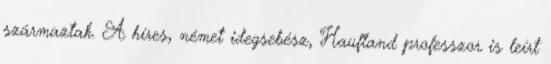
származtak. A híres, német idegsebész, Haufland professzor is leírt